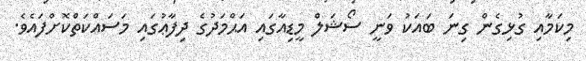
މިކަމާއި ގުޅިގެން ގިނަ ބައަކު ވަނީ ސޯޝަލް މީޑިއާގައި އަޙްމަދުގެ ދިފާޢުގައި މަސައްކަތްކޮށްފައެވެ.